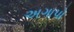
અગાપો